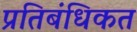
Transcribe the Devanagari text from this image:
प्रतिबंधिकत